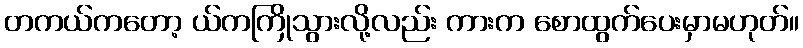
တကယ်ကတော့ ယ်ကကြိုသွားလို့လည်း ကားက စောထွက်ပေးမှာမဟုတ်။